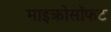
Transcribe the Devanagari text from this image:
माइक्रोसॉफट